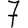
Digit: 7